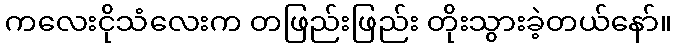
ကလေးငိုသံလေးက တဖြည်းဖြည်း တိုးသွားခဲ့တယ်နော်။